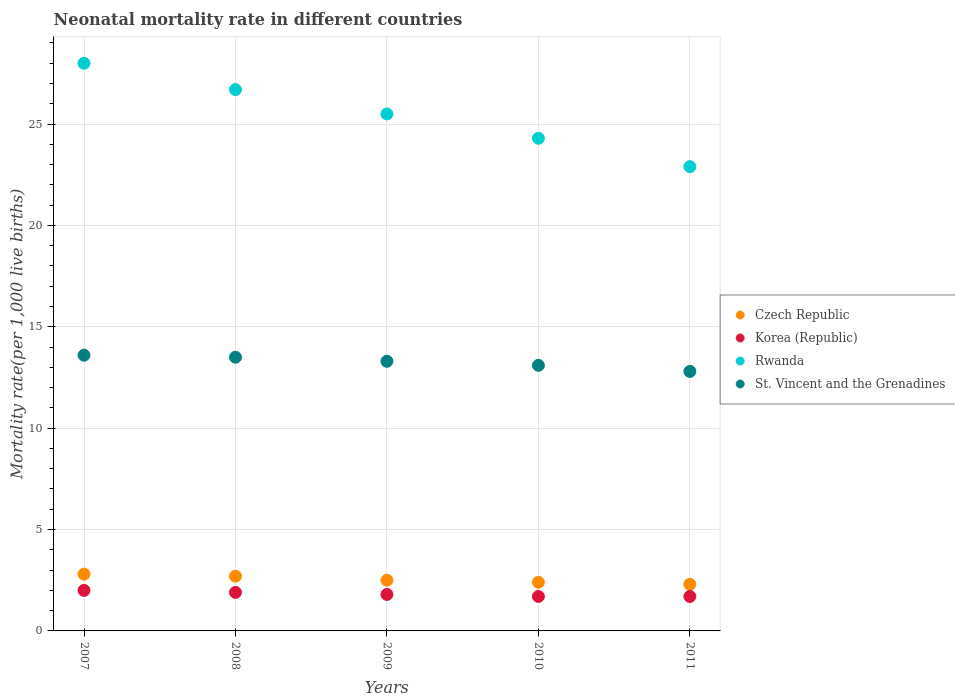
| Years | Czech Republic | Korea (Republic) | Rwanda | St. Vincent and the Grenadines |
 | --- | --- | --- | --- | --- |
 | 2007 | 2.8 | 2 | 28 | 13.6 |
 | 2008 | 2.7 | 1.9 | 26.7 | 13.5 |
 | 2009 | 2.5 | 1.8 | 25.5 | 13.3 |
 | 2010 | 2.4 | 1.7 | 24.3 | 13.1 |
 | 2011 | 2.3 | 1.7 | 22.9 | 12.8 |